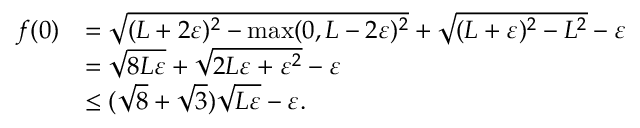
\begin{array} { r l } { f ( 0 ) } & { = \sqrt { ( L + 2 \varepsilon ) ^ { 2 } - \operatorname* { m a x } ( 0 , L - 2 \varepsilon ) ^ { 2 } } + \sqrt { ( L + \varepsilon ) ^ { 2 } - L ^ { 2 } } - \varepsilon } \\ & { = \sqrt { 8 L \varepsilon } + \sqrt { 2 L \varepsilon + \varepsilon ^ { 2 } } - \varepsilon } \\ & { \leq ( \sqrt { 8 } + \sqrt { 3 } ) \sqrt { L \varepsilon } - \varepsilon . } \end{array}